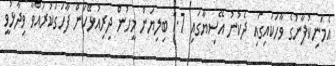
އެމަނިކުފާނުގެ ވާހަކައިގައި ދެކުނު އޭސިޔާގައި 1.7 ބިލިޔަން މީހުން ދިރިއުޅޭކަން ފާހަގަކުރައްވާ ވިދާޅުވީ